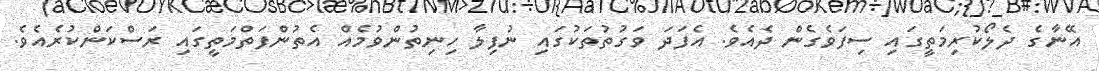
އޭނާގެ ދެލޯކުރިމަތީގައި ސިފަވެގެން ދެއެވެ. އެފަދަ ވަގުތުތަކުގައި ނުފިލާ ހިނިތުންވުމެއް އެތުންފަތްމަތީގައި ރަސްކަންކުރެއެވެ.